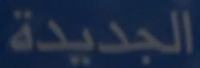
الجديدة